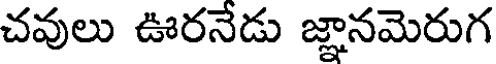
చవులు ఊరనేడు జ్ఞానమెరుగ